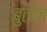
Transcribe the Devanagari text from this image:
बुतोज़